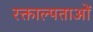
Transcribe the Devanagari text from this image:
रक्ताल्पताओं